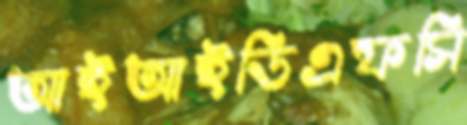
আইআইডিএফসি